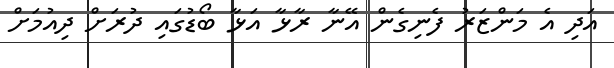
އަދި އެ މަންޒަރު ފެނިގެން އޭނާ ރާޅާ އަޅާ ބޯޑުގައި ދުރަށް ދިއުމަށް